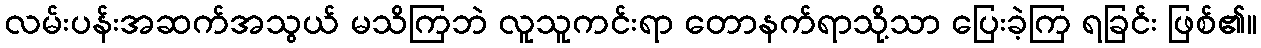
လမ်းပန်းအဆက်အသွယ် မသိကြဘဲ လူသူကင်းရာ တောနက်ရာသို့သာ ပြေးခဲ့ကြ ရခြင်း ဖြစ်၏။